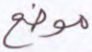
موضع